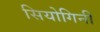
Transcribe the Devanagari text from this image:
सियोगिनी